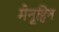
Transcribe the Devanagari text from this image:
मेनूहिन